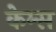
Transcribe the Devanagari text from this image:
केम्स